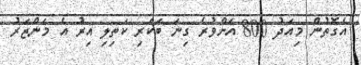
އެގޮތުން މިއަދު 800 އަށްވުރެ ގިނަ ބަކަރި ކަތިލި އިރު އެ މަންޒަރު